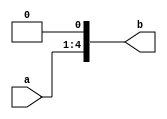
`timescale 1ns / 1ps
//////////////////////////////////////////////////////////////////////////////////
// Company: 
// Engineer: 
// 
// Design Name: 
// Module Name:    lsh10 
// Project Name: 
// Target Devices: 
// Tool versions: 
// Description: 
//
// Dependencies: 
//
// Revision: 
// Revision 0.01 - File Created
// Additional Comments: 
//
//////////////////////////////////////////////////////////////////////////////////
module lsh1(a,b);
    input [3:0] a;
    output [4:0] b;
assign {b[4:1],b[0]}= {a[3:0],1'b0};
endmodule